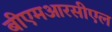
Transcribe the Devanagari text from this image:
बीएमआरसीएल